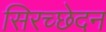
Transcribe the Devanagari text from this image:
सिरच्छेदन